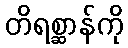
တိရစ္ဆာန်ကို